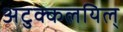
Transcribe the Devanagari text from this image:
अटुक्कलयिल्